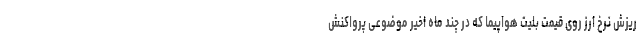
ریزش نرخ ارز روی قیمت بلیت هواپیما که در چند ماه اخیر موضوعی پرواکنش